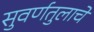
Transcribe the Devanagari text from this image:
सुवर्णतुलाचे